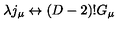
\lambda j _ { \mu } \leftrightarrow ( D - 2 ) ! G _ { \mu }